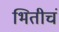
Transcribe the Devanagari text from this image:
भितीचं